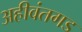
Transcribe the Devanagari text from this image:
अहीवंतगड